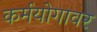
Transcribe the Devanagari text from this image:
कर्मयोगावर